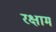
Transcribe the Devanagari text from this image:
रक्षाम